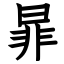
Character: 暃